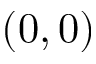
( 0 , 0 )